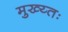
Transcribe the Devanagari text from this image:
मुख्य्तः